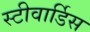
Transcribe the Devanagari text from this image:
स्‍टीवार्डिस